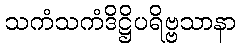
သကံသကံဒိဋ္ဌိပရိဗ္ဗသာနာ